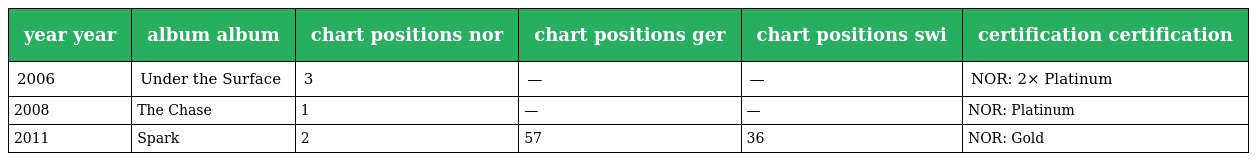
| year year | album album | chart positions nor | chart positions ger | chart positions swi | certification certification |
 | --- | --- | --- | --- | --- | --- |
 | 2006 | Under the Surface | 3 | — | — | NOR: 2× Platinum |
 | 2008 | The Chase | 1 | — | — | NOR: Platinum |
 | 2011 | Spark | 2 | 57 | 36 | NOR: Gold |